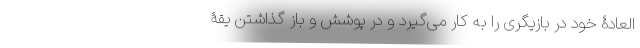
‌العادۀ خود در بازیگری را به کار می‌گیرد و در پوشش و باز گذاشتن یقۀ